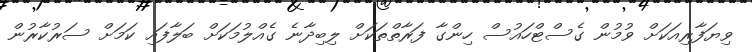
ވިޔަފާރިއަކަށް ވުމުން ގެސްޓްހައުސް ހިންގާ ފަރާތްތަކަށް ލިބިދާނެ ގެއްލުމަކަށް ބަލާފައި ކަމަށް ސަރުކާރުން